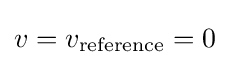
v=v_{\text{reference}}=0